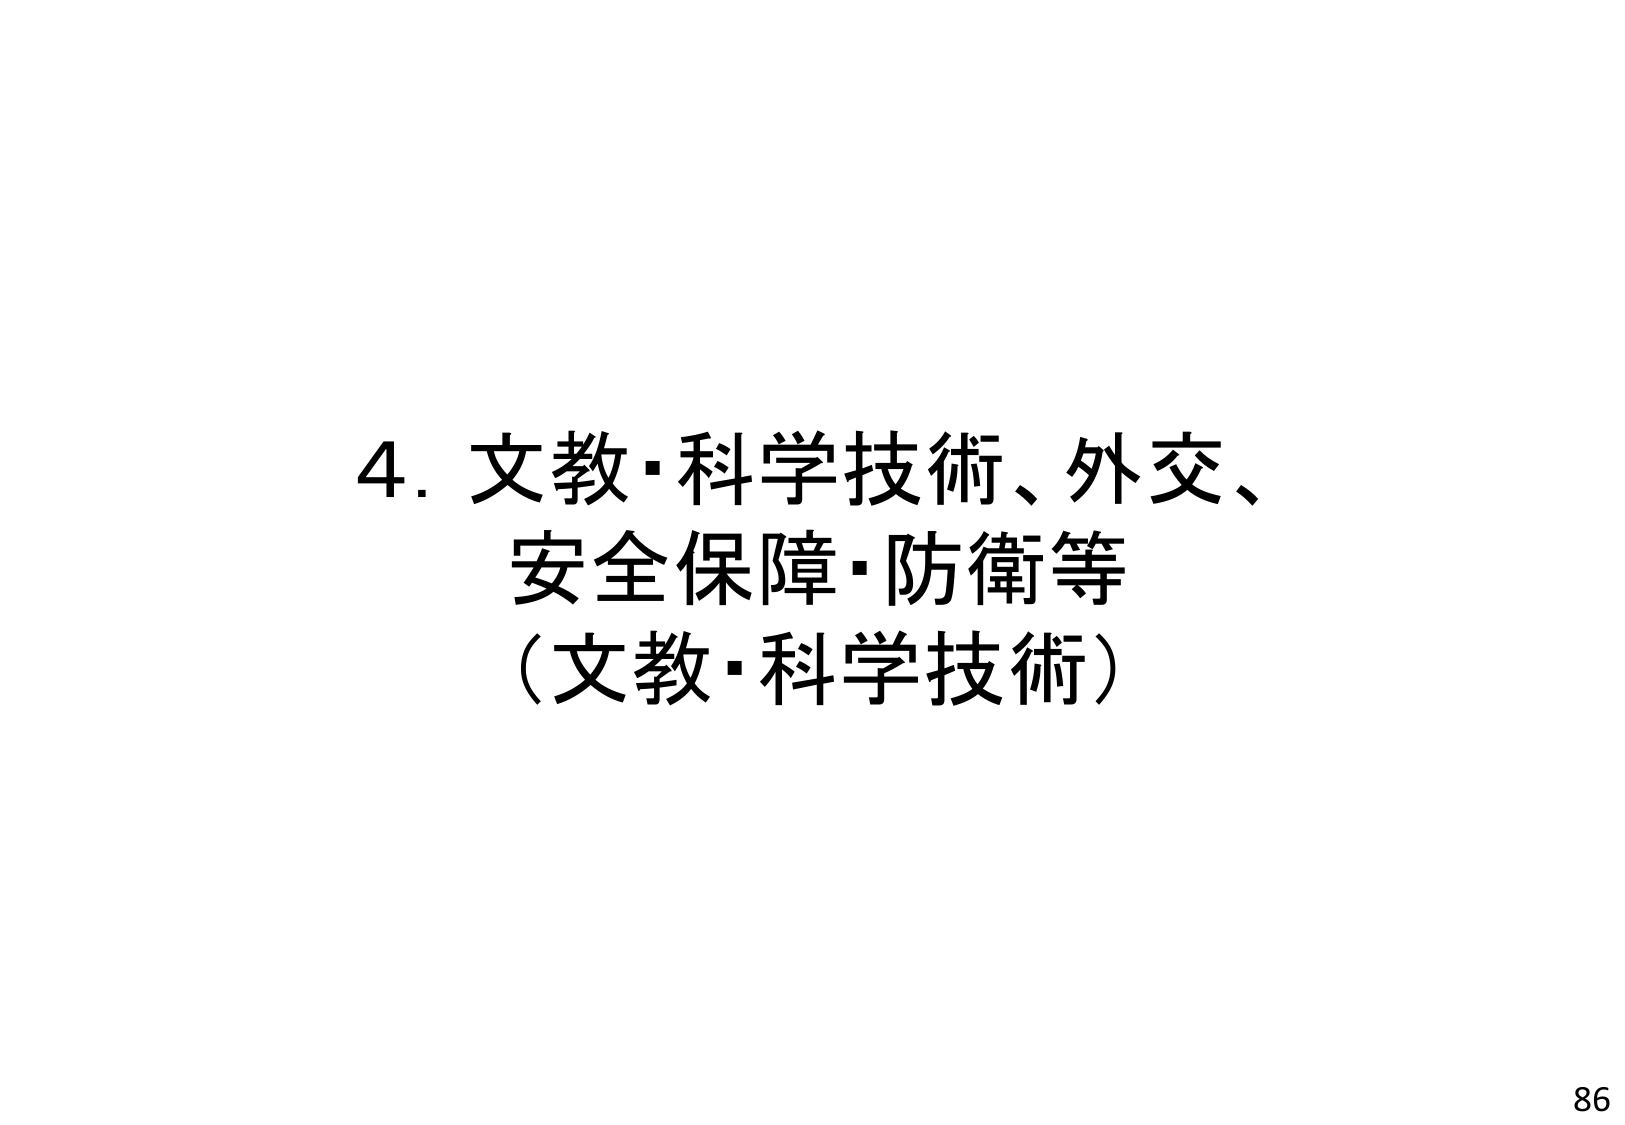
4. 文教・科学技術、外交、
安全保障・防衛等
（文教・科学技術）
86